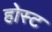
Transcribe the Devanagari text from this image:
होस्‍ट